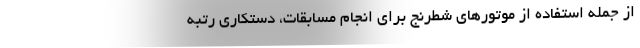
از جمله استفاده از موتورهای شطرنج برای انجام مسابقات، دستکاری رتبه